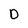
Character: 0